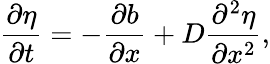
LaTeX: \frac{\partial\eta}{\partial t}=-\frac{\partial b}{\partial x}+D\frac{\partial^{2}\eta}{\partial x^{2}},